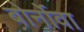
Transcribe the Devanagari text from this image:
बोर्नोवा